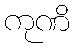
ကုဏိ